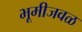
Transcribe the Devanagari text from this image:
भूमीजवळ